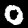
Label: 0